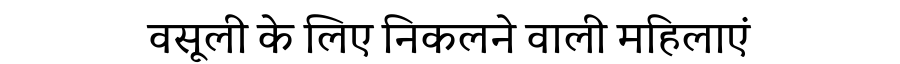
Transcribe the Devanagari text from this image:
वसूली के लिए निकलने वाली महिलाएं